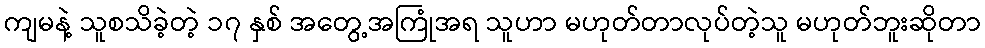
ကျမနဲ့ သူစသိခဲ့တဲ့ ၁၇ နှစ် အတွေ့အကြုံအရ သူဟာ မဟုတ်တာလုပ်တဲ့သူ မဟုတ်ဘူးဆိုတာ